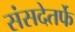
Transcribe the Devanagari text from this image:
संसदेतर्फे